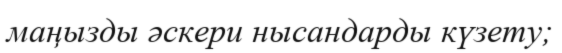
маңызды әскери нысандарды күзету;